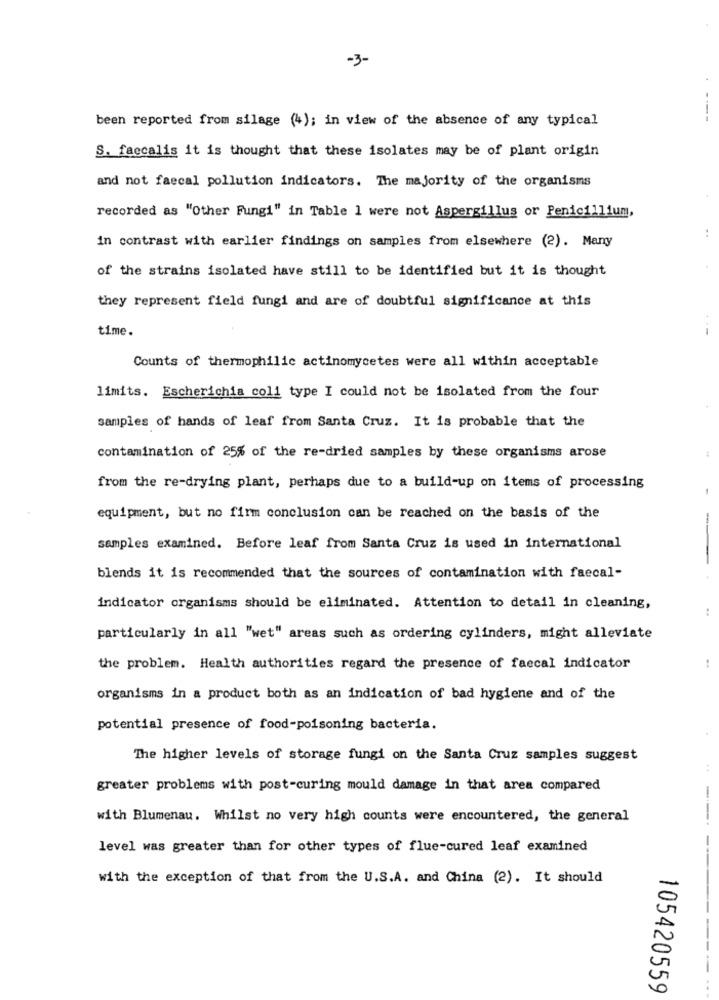
-3-
been reported from silage (4); in view of the absence of any typical
S. faecalis it is thought that these isolates may be of plant origin
and not faecal pollution indicators. The majority of the organisms
recorded as "Other Fungi" in Table 1 were not Aspergillus or Penicillium,
in contrast with earlier findings on samples from elsewhere (2). Many
of the strains isolated have still to be identified but it is thought
they represent field fungi and are of doubtful significance at this
time.
Counts of thermophilic actinomycetes were all within acceptable
limits. Escherichia coli type I could not be isolated from the four
samples of hands of leaf from Santa Cruz. It is probable that the
contamination of 25% of the re-dried samples by these organisms arose
from the re-drying plant, perhaps due to a build-up on items of processing
equipment, but no firm conclusion can be reached on the basis of the
samples examined. Before leaf from Santa Cruz is used in international
blends it is recommended that the sources of contamination with faecal-
indicator organisms should be eliminated. Attention to detail in cleaning,
particularly in all "wet" areas such as ordering cylinders, might alleviate
the problem. Health authorities regard the presence of faecal indicator
organisms in a product both as an indication of bad hygiene and of the
potential presence of food-poisoning bacteria.
The higher levels of storage fungi on the Santa Cruz samples suggest
greater problems with post-curing mould damage in that area compared
-
with Blumenau. Whilst no very high counts were encountered, the general
level was greater than for other types of flue-cured leaf examined
with the exception of that from the U.S.A. and China (2). It should
105420559